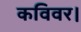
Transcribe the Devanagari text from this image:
कविवर।